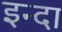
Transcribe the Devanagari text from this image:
इन्दा